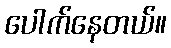
ပေါက်နေတယ်။